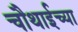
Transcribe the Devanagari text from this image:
चौथाईच्या